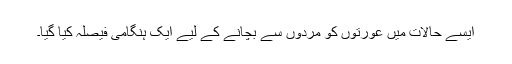
ایسے حالات میں عورتوں کو مردوں سے بچانے کے لیے ایک ہنگامی فیصلہ کیا گیا۔